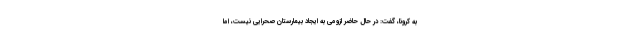
به کرونا، گفت: در حال حاضر لزومی به ایجاد بیمارستان صحرایی نیست، اما